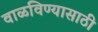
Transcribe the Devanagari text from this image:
वाळविण्यासाठी